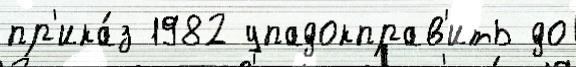
пр'ика́з 1982 упадокправ'ить до